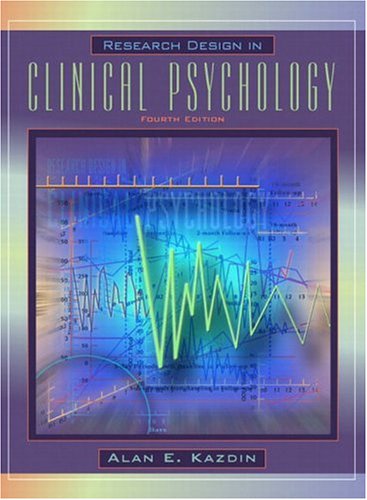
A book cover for Research Design in Clinical Psychology (4th Edition); Alan E. Kazdin; Medical Books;